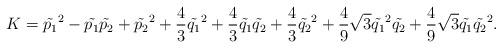
LaTeX: \begin{align*}K=\tilde{p_1}^2-\tilde{p_1}\tilde{p_2}+\tilde{p_2}^2+\frac{4}{3}\tilde{q_1}^2+\frac{4}{3}\tilde{q_1}\tilde{q_2}+\frac{4}{3}\tilde{q_2}^2+\frac{4}{9}\sqrt{3}\tilde{q_1}^2\tilde{q_2}+\frac{4}{9}\sqrt{3}\tilde{q_1}\tilde{q_2}^2.\end{align*}